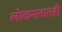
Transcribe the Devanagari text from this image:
लोकमतातही